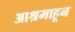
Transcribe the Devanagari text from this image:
आश्रमाहून